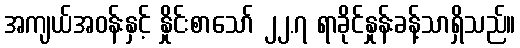
အကျယ်အဝန်းနှင့် နှိုင်းစာသော် ၂၂.၇ ရာခိုင်နှုန်းခန့်သာရှိသည်။